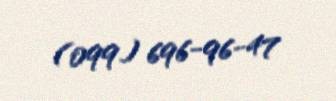
(099) 696-96-47